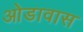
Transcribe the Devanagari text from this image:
ओडावास